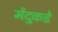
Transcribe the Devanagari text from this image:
मेंदुकडे